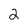
Character: 2